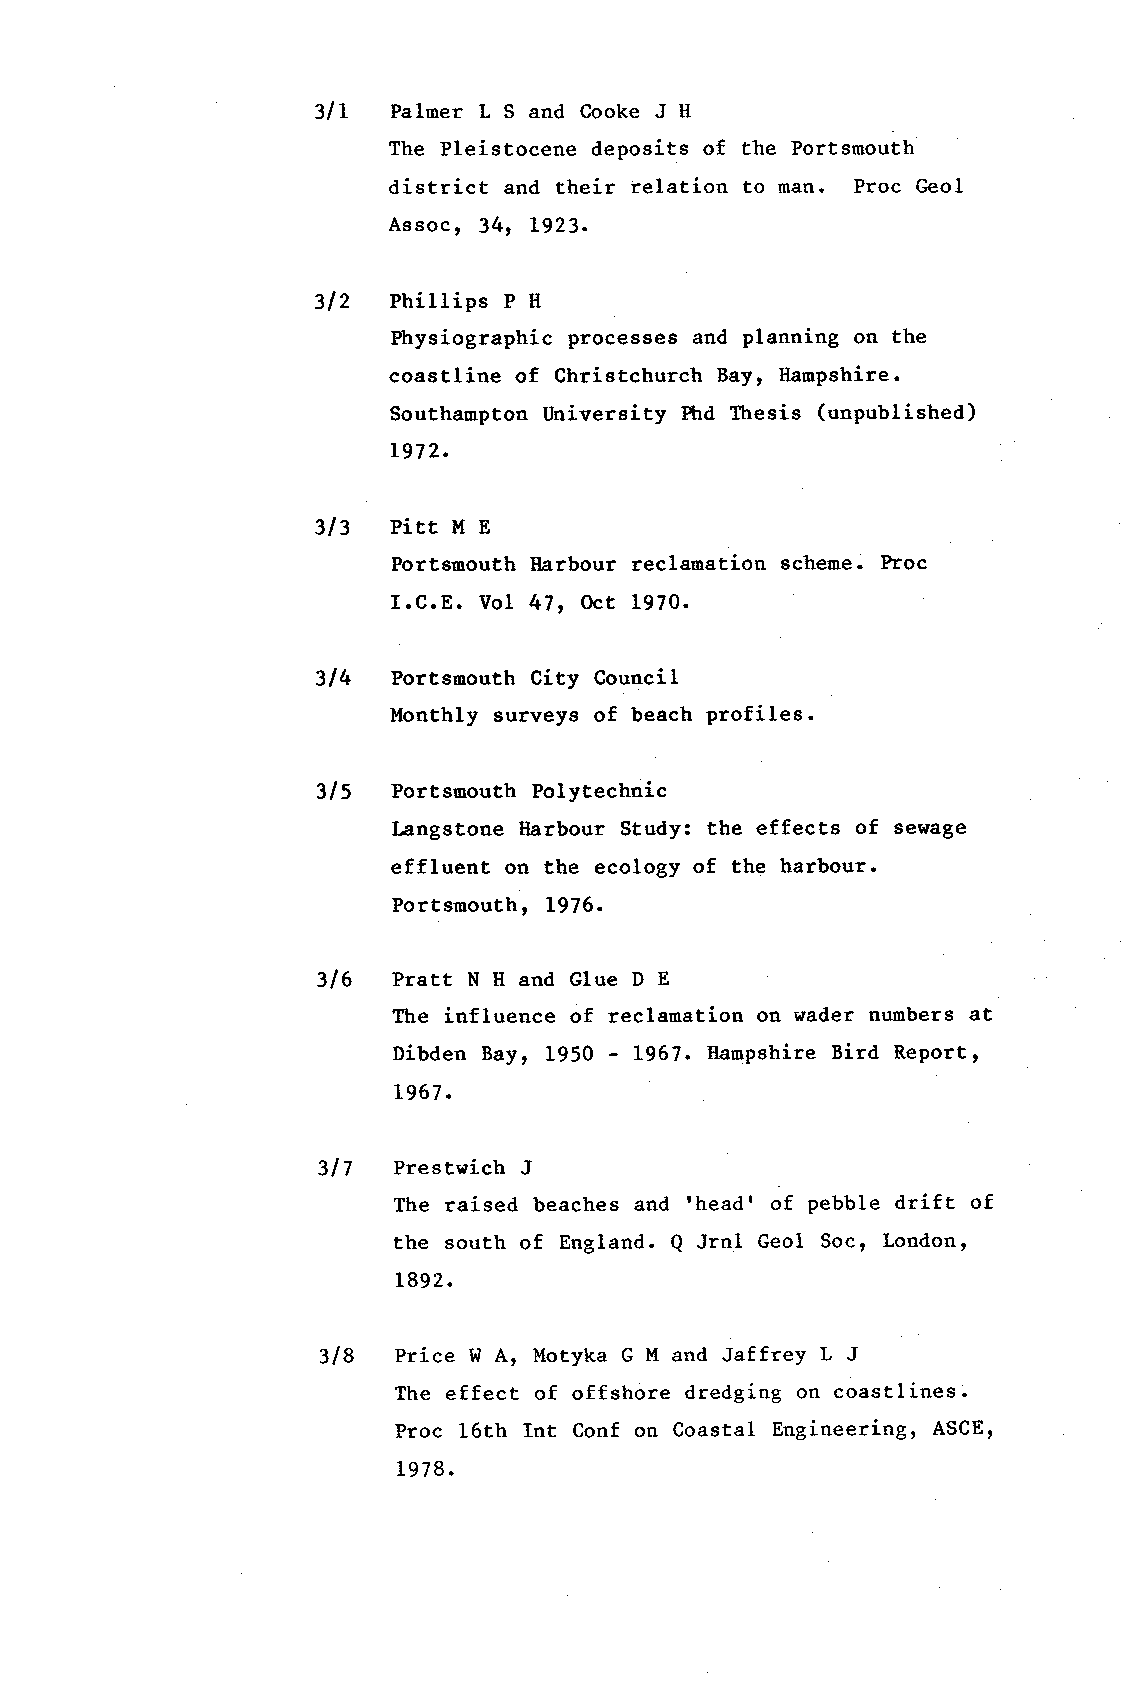
3lL  Palmer L S and Cooke J tl
 The Pleistocene deposits of the Portsmouth
 district and their relation to man. Proc Geol
 Assoc, 34, L923.
 312  Phillips P It
 Physiographic processes and planning on the
 coastline of Christchurch Bay, Ilanpshire.
 Southampton llniversity Phd Ttresis (unpublished)
 L972.
 313  Pirr M E
 Portsmouth Harbour recl.amation scheme. Proc
 I.C.E. Vol 471 Oct 1970.
 314  Portsaouth City Council
 Monthly surveys of beach profiles.
 315  Portsmouth Polytechnic
 Langstone ll,arbour Study: the effects of sewage
 effluent on the ecology of the harbour.
 Portsmouth, L976.
 316  Pratt N H and Glue D E
 The influence of reclamation on wader nuubers at
 Dibden Bay, 1950 - L967. Ilanpshire Bird Reportt
 t967.
 317  Prestwich J
 The raised beaches and 'head' of pebble drift of
 the south of England. Q Jrnl Geol Soc, Londont
 L892.
 318  Price W A, llotyka G I'1a nd Jaffrey L J
 The effect of offshore dredging oa coastlines.
 Proc 16th Int Conf on Coastal Engineering, ASCET
 1978.